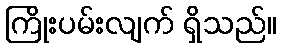
ကြိုးပမ်းလျက် ရှိသည်။